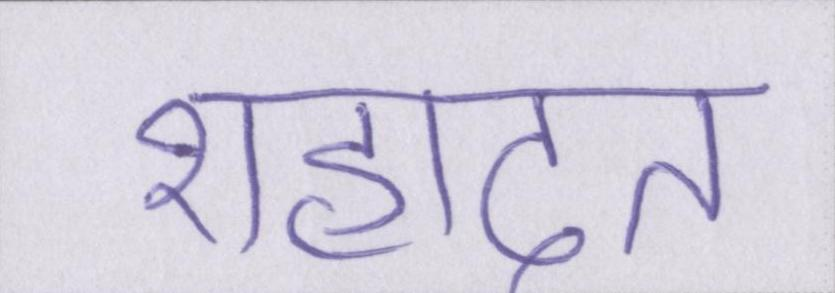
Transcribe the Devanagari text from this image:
शहादत